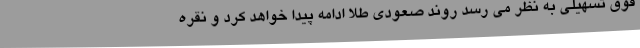
فوق تسهیلی به نظر می رسد روند صعودی طلا ادامه پیدا خواهد کرد و نقره